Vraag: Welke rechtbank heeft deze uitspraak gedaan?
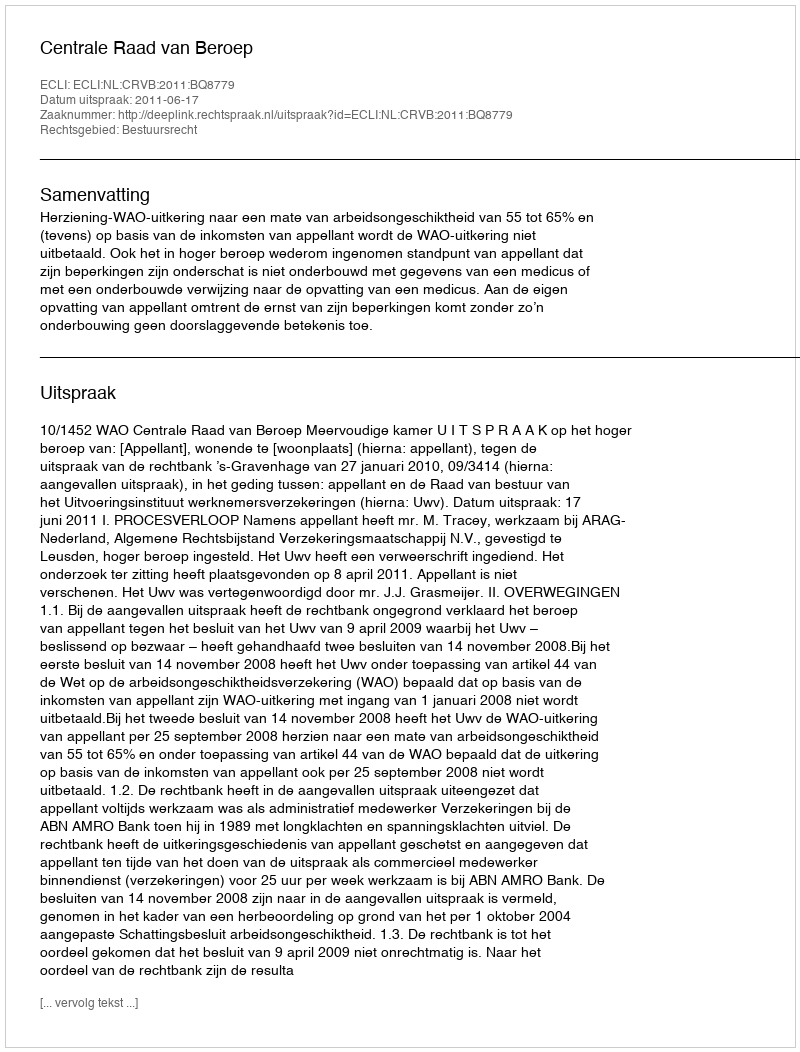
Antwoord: Centrale Raad van Beroep